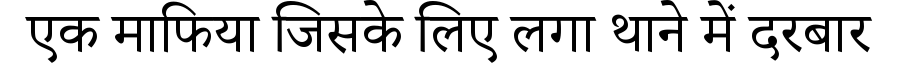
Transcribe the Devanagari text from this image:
एक माफिया जिसके लिए लगा थाने में दरबार